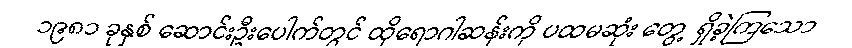
၁၉၈၁ ခုနှစ် ဆောင်းဦးပေါက်တွင် ထိုရောဂါဆန်းကို ပထမဆုံး တွေ့ ရှိခဲ့ကြသော